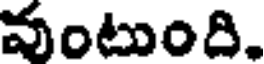
వంటుంది.